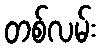
တစ်လမ်း